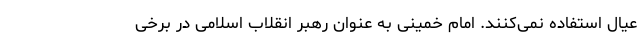
عیال استفاده نمی‌کنند. امام خمینی به عنوان رهبر انقلاب اسلامی در برخی